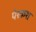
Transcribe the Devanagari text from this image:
पेश्कश